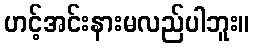
ဟင့်အင်းနားမလည်ပါဘူး။